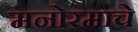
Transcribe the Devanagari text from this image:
मनोरमाचे